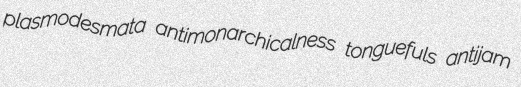
plasmodesmata antimonarchicalness tonguefuls antijam